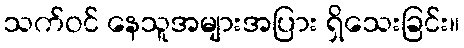
သက်ဝင် နေသူအများအပြား ရှိသေးခြင်း။